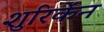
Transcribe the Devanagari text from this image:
शुरिकेंन